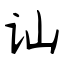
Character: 讪